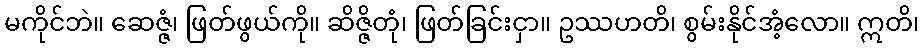
မကိုင်ဘဲ။ ဆေဇ္ဇံ၊ ဖြတ်ဖွယ်ကို။ ဆိဇ္ဇိတုံ၊ ဖြတ်ခြင်းငှာ။ ဥဿဟတိ၊ စွမ်းနိုင်အံ့လော။ ဣတိ၊